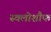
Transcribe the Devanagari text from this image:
स्क्लोशौफ